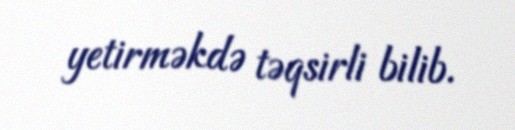
yetirməkdə təqsirli bilib.